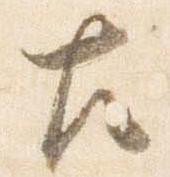
左